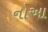
નોઆ